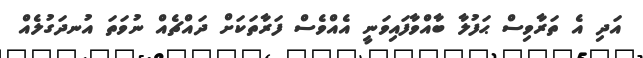
އަދި އެ ތަރާވިސް ޙަފުލާ ބާއްވާފައިވަނީ އެއްވެސް ފަރާތަކަށް ދައްޗެއް ނުވަތަ އުނދަގުލެއް